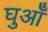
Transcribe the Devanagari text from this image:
घुआँ